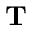
\mathbf { T }